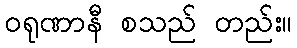
ဝရုဏာနီ စသည် တည်း။